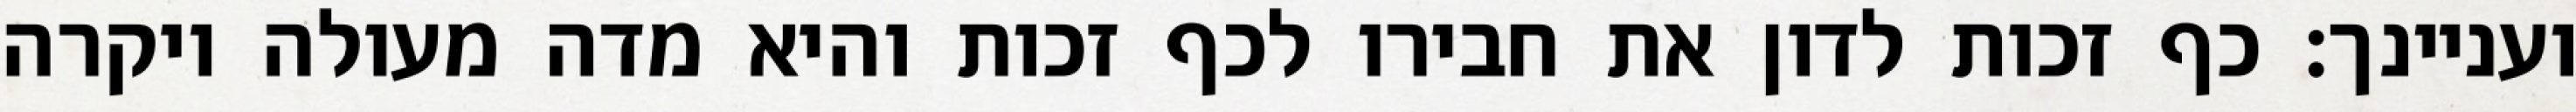
ועניינך: כף זכות לדון את חבירו לכף זכות והיא מדה מעולה ויקרה